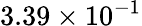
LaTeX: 3.39\times 10^{-1}